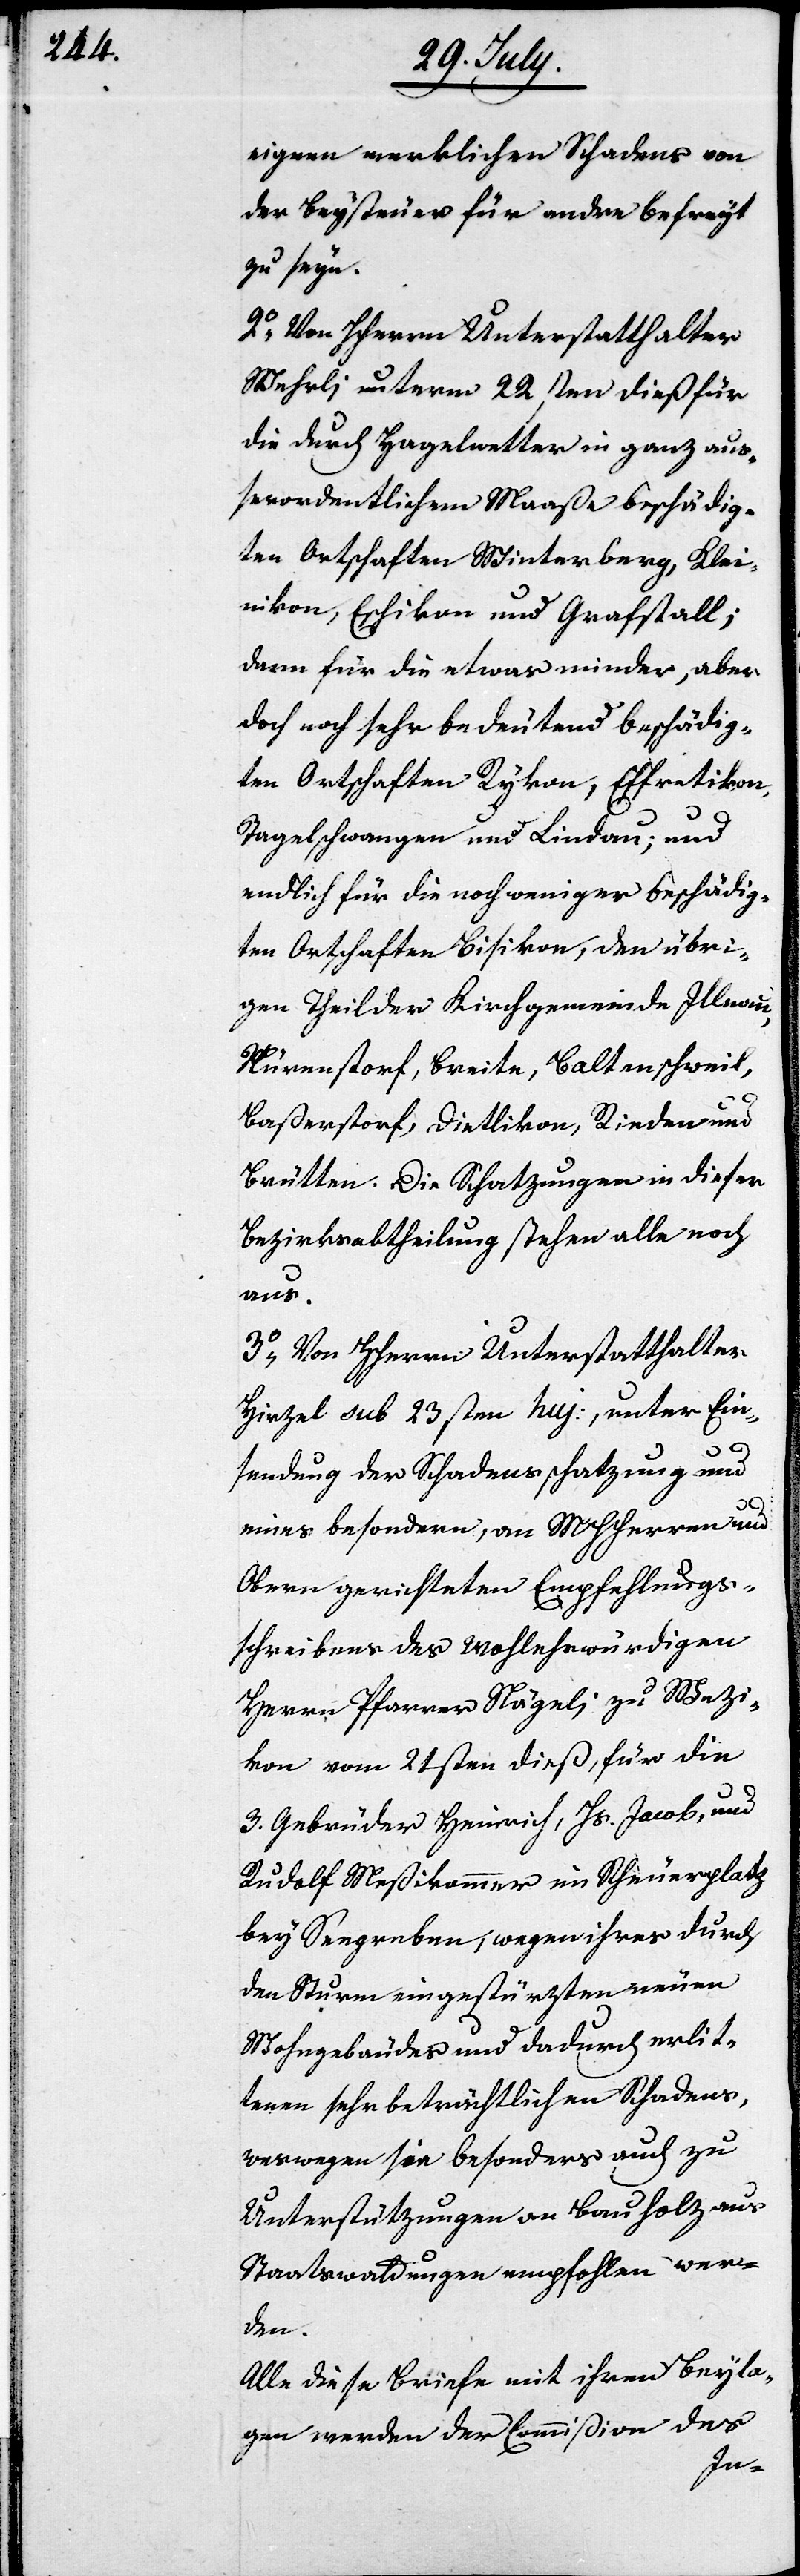
eigenen merklichen Schadens von
der Beysteuer für andre befreyt
zu seyn.
2.) Von Herrn Unterstatthalter
Wehrli unterm 22sten dieß für
die durch Hagelwetter in ganz auß¬
erordentlichem Maaße beschädig¬
ten Ortschaften Winterberg, Klei¬
nikon, Eschikon und Grafstall;
dann für die etwas minder, aber
doch noch sehr bedeutend beschädig¬
ten Ortschaften Rykon, Effretikon,
Tagelswangen und Lindau; und
endlich für die noch weniger beschädig¬
ten Ortschaften Bisikon, den übri¬
gen Theil der Kirchgemeinde Illnau,
Nürenstorf, Breite, Baltenschweil,
Baßersdorf, Dietlikon, Rieden und
Brütten. Die Schatzungen in dieser
Bezirksabtheilung stehen alle noch
aus.
3.) Von HHerrn Unterstatthalter
Hirzel sub 23sten huj., unter Ein¬
sendung der Schadensschatzung und
eines besondern, an MHHerren und
Obern gerichteten Empfehlungs¬
schreibens des Wohlehrwürdigen
Herrn Pfarrer Nägeli zu Wezi¬
kon vom 21sten dieß, für die
3. Gebrüder Heinrich, Hs. Jacob, und
Rudolf Meßikommer im Scheuerplatz
bey Seegreben wegen ihres durch
den Sturm eingestürzten neuen
Wohngebäudes und dadurch erlit¬
tenen sehr beträchtlichen Schadens,
weswegen sie besonders auch zu
Unterstützungen an Bauholz aus
Staatswaldungen empfohlen wer¬
den.
Alle dies Briefe mit ihren Beyla¬
gen werden der Commißion des